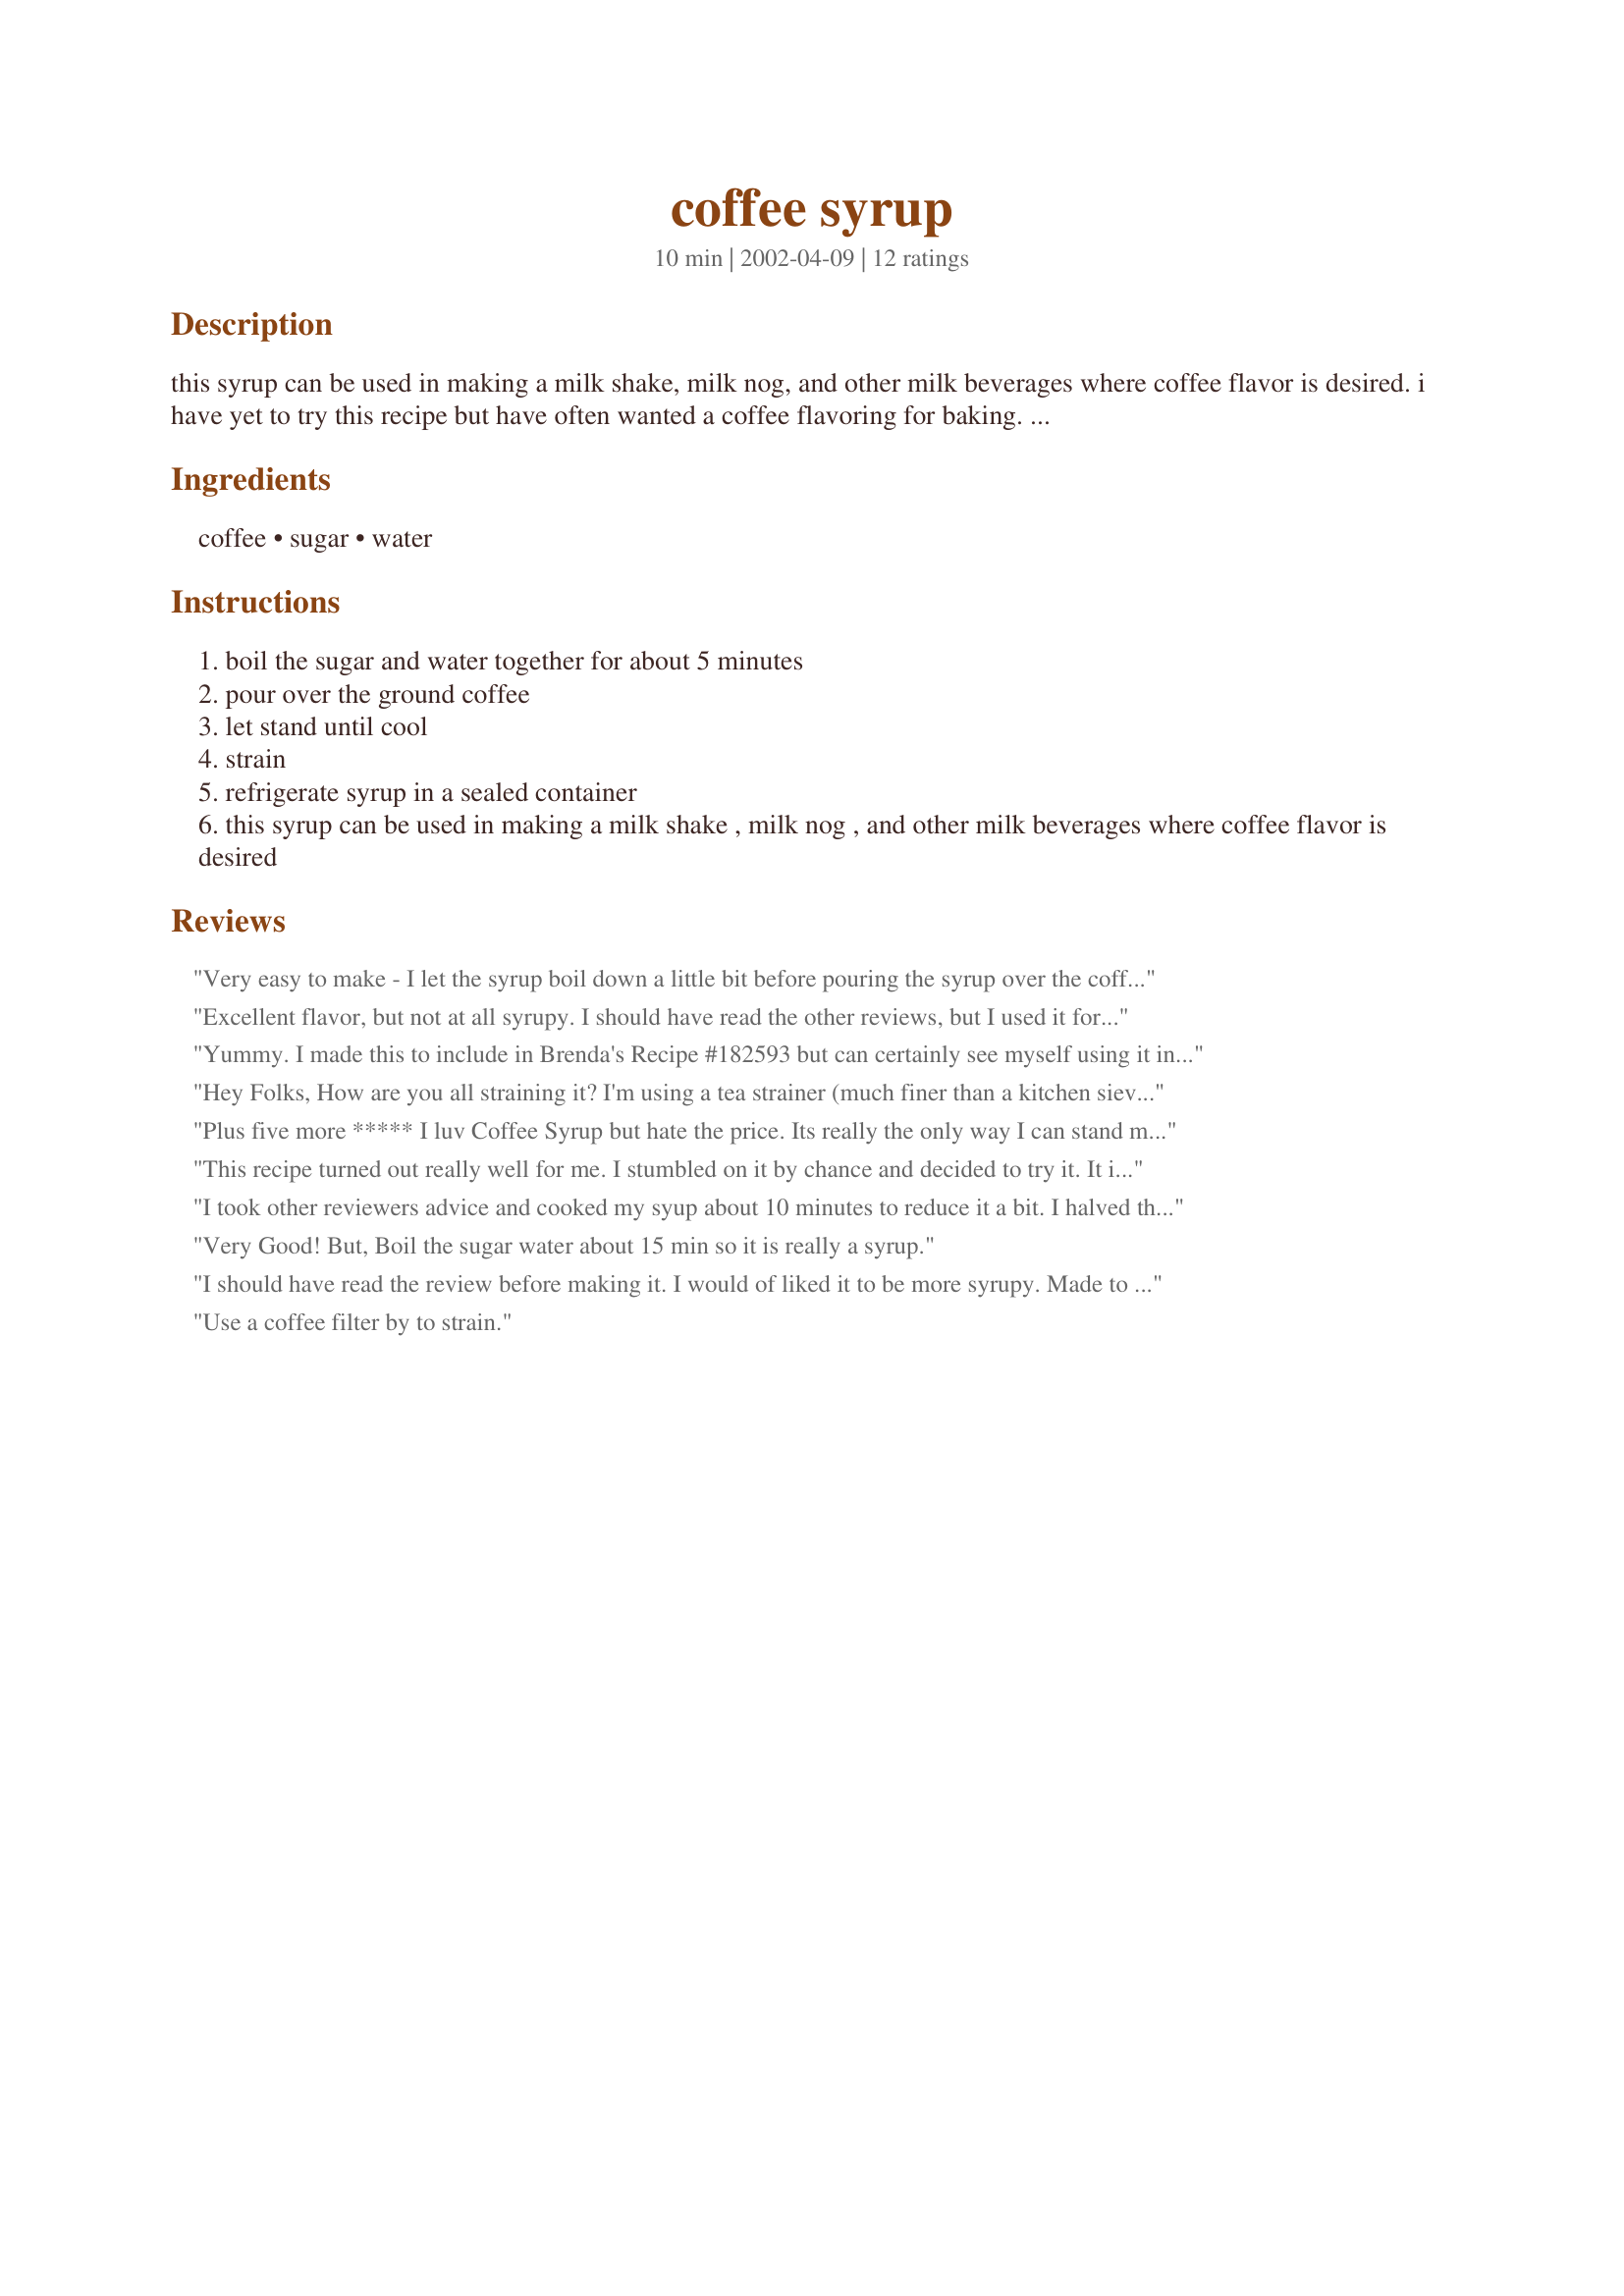
coffee syrup
Preparation time: 10 minutes

this syrup can be used in making a milk shake, milk nog, and other milk beverages where coffee flavor is desired. i have yet to try this recipe but have often wanted a coffee flavoring for baking. (time does not include cooling the syrup.)

Ingredients:
coffee, sugar, water

Steps:
boil the sugar and water together for about 5 minutes
pour over the ground coffee
let stand until cool
strain
refrigerate syrup in a sealed container
this syrup can be used in making a milk shake , milk nog , and other milk beverages where coffee flavor is desired

Reviews:
Very easy to make - I let the syrup boil down a little bit before pouring the syrup over the coffee. I actually used hazelnut coffee - tasty with chocolate syrup over ice cream. As an alternative, use like espresso and add a little extra kick to your morning coffee - yes, I'm serious (I like my coffee).
Excellent flavor, but not at all syrupy. I should have read the other reviews, but I used it for <a href="/182593">Iced Cinnamon Coffee</a> so the fact that it did not have a syrup consistency did not matter for that. I'll let the sugar and water boil longer next time. Thanks
Yummy. I made this to include in Brenda's Recipe #182593 but can certainly see myself using it in other recipes. I followed several earlier reviewers' advice and boiled the syrup for more like 10-12 minutes. I look forward to making this with different ground coffee blends. It was ideal in Brenda's Recipe #182593. Thanks for sharing this recipe, Caryn!
Hey Folks, How are you all straining it? I'm using a tea strainer (much finer than a kitchen sieve) and I'm still getting lots of particulates in it, even after multiple strainings. Seemed to not want to go through a coffee filter. Tried using very coarsely ground coffee -- had to strain it less but the end result is the same. I like the taste but don't want the bits in it! Am considering adding Aeropressed espresso to the simple syrup.
Plus five more ***** I luv Coffee Syrup but hate the price. Its really the only way I can stand milk. And the fact that I can use what ever flavor coffee I like is wonderful. Luv it on ice cream to. Thank you so very much.
This recipe turned out really well for me. I stumbled on it by chance and decided to try it. It is fantastic on soy ice cream for any vegans who are looking to try it!
I took other reviewers advice and cooked my syup about 10 minutes to reduce it a bit. I halved the recipe and enjoyed it in Iced Cinnamon Coffee. Thanks Caryn!
Very Good! But, Boil the sugar water about 15 min so it is really a syrup.
I should have read the review before making it. I would of liked it to be more syrupy. Made to go with Iced Cinnamon Coffee.
Thank you
Use a coffee filter by to strain.
Thank you very much for this recipe. 

I made three batches of the recipe and experimented with the results. The best was to use 1 1/4 cups of sugar and as the other comments have said boil for 15 min. The longer you boil though the less the yield since more sticks to the coffee grounds when you strain. I used store brand 100% columbian blend coffee.

When I was a teenager (about twenty years ago) my grandmother would go to Road Island every year to visit. When she returned she would bring me a bottle of Autocrat brand coffee syrup. She no longer goes. I ordered a bottle off the internet but with shipping it is very expensive. 

This recipe is the closest I have tasted to the bottled coffee syrup that grandma use to buy.

By the way did anyone know that Coffee Milk (Coffee syrup and milk) is the official state drink of Road Island since 1993.

Thanks again to Caryn for posting this,
Rick
This is so wonderful in the summer. Put some in your blender with half and half, a generous amount of Hershey&#039;s chocolate syrup and some ice. Throw in some ice and blend away. Yummy! Like your frozen coffee drinks, but half the price. Makes it taste even better!
